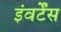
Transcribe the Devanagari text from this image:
इंवर्टेंस